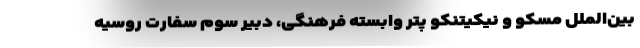
بین‌الملل مسکو و نیکیتنکو پتر وابسته فرهنگی، دبیر سوم سفارت روسیه